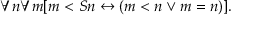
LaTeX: \forall n \forall m [ m < S n \leftrightarrow ( m < n \lor m = n ) ] .